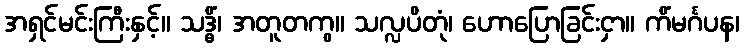
အရှင်မင်းကြီးနှင့်။ သဒ္ဓိံ၊ အတူတကွ။ သလ္လပိတုံ၊ ဟောပြောခြင်းငှာ။ ကိံမင်္ဂပန၊